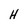
Character: H